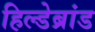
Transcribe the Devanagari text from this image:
हिल्डेब्रांड